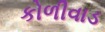
કોળીવાડ